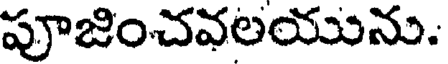
పూజించవలయును.